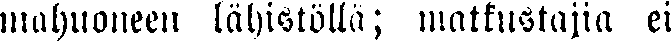
mahuoneen lähistöllä; matkustajia ei